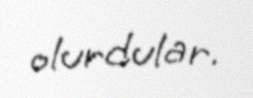
olurdular.